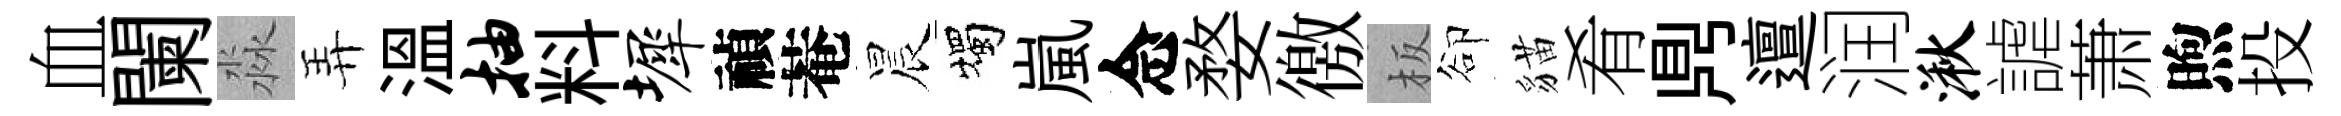
血闌淼弄溫抽料墀禎菴晨燭嵐念婺徼板卻貓肴𪔂邅润湫謔萧煦投